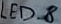
Text: LED_8